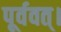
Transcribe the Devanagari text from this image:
पूर्ववत्।